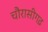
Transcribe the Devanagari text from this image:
चौरासीगढ़